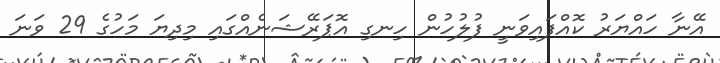
އޭނާ ހައްޔަރު ކޮއްފައިވަނީ ފުލުހުން ހިނގި އޮޕަރޭޝަނެއްގައި މިދިޔަ މަހުގެ 29 ވަނަ